Scottish Certificate of Education, 1962
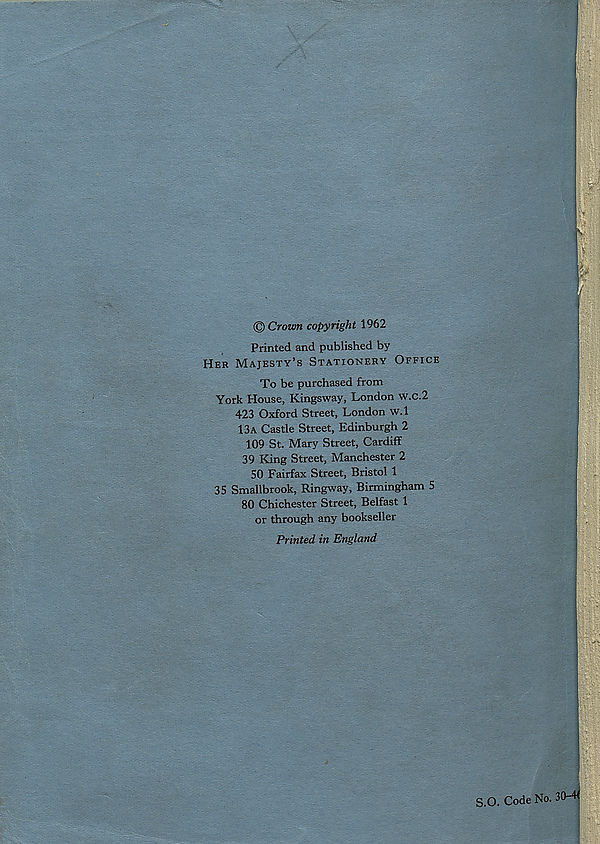
© Crown copyright 1962
Printed and published by
Her Majesty’s Stationery Office
To be purchased from
York House, Kingsway, London w.c.2
423 Oxford Street, London W.l
13a Castle Street, Edinburgh 2
109 St. Mary Street, Cardiff
39 King Street, Manchester 2
50 Fairfax Street, Bristol 1
35 Smallbrook, Ringway, Birmingham 5
80 Chichester Street, Belfast 1
or through any bookseller
Printed in England